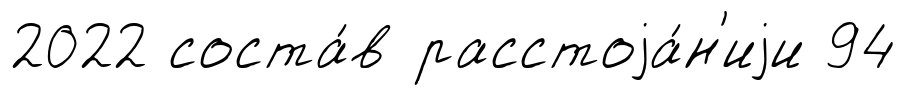
2022 соста́в расстоjа́н'иjи 94